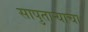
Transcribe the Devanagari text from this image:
सापुताऱ्याचा